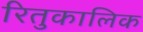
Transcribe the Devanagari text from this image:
रितुकालिक